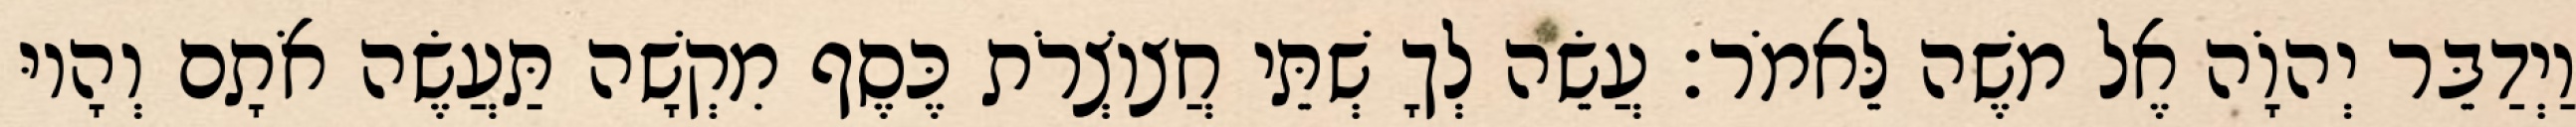
וַיְדַבֵּר יְהוָֹה אֶל משֶׁה לֵּאמֹר׃ עֲשֵׂה לְךָ שְׁתֵּי חֲצוֹצְרֹת כֶּסֶף מִקְשָׁה תַּעֲשֶׂה אֹתָם וְהָיוּ